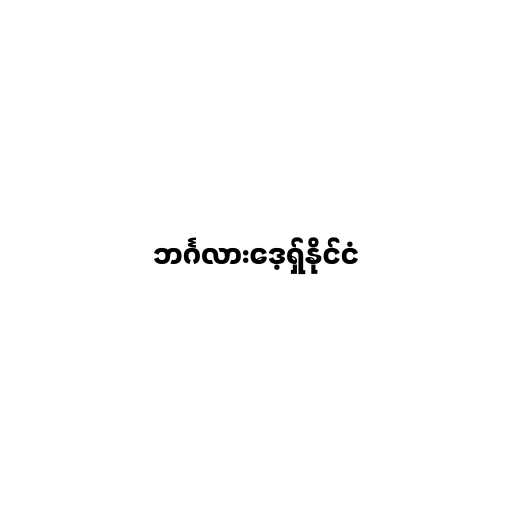
ဘင်္ဂလားဒေ့ရှ်နိုင်ငံ